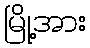
မြို့အား